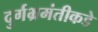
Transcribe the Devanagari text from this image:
दुर्गभ्रमंतीकडे